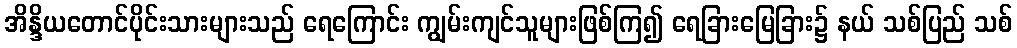
အိန္ဒိယတောင်ပိုင်းသားများသည် ရေကြောင်း ကျွမ်းကျင်သူများဖြစ်ကြ၍ ရေခြားမြေခြား၌ နယ် သစ်ပြည် သစ်